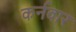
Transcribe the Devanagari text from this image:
कर्नवार